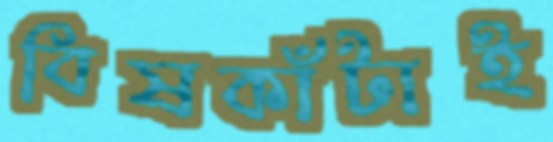
বিষকাঁটাই